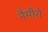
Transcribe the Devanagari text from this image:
नैमीरो